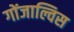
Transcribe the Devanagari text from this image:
गोंजाल्विस